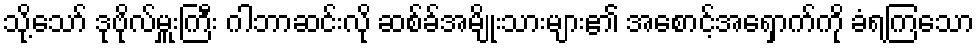
သို့သော် ဒုဗိုလ်မှူးကြီး ဂါဘာဆင်းလို ဆစ်ခ်အမျိုးသားများ၏ အစောင့်အရှောက်ကို ခံရကြသော